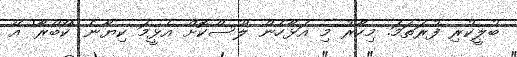
ބުލީކުރި ފުރަތަމަ. މިހާރު މި އަޅާހެން ލޫސްކޮށް އެޅީމަ ކިޔާނެ 'ކޯބްރާ' އޭ